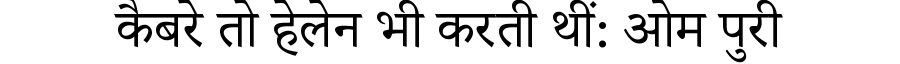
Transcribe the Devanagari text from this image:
कैबरे तो हेलेन भी करती थीं: ओम पुरी